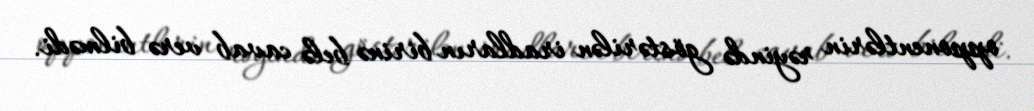
opponentlərin rəyində göstərilən iradların birinə belə cavab verə bilmədi.